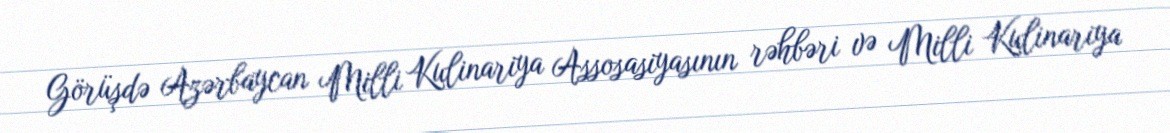
Görüşdə Azərbaycan Milli Kulinariya Assosasiyasının rəhbəri və Milli Kulinariya